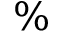
\%